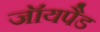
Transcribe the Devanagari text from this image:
जॉयपैड